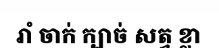
រាំ ចាក់ ក្បាច់ សត្វ ខ្លា